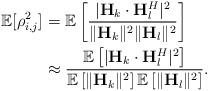
LaTeX: \begin{align*}\mathbb{E}[\rho^2_{i,j}] &= \mathbb{E} \left[ \frac{ |\mathbf{H}_{k} \cdot \mathbf{H}_{l}^H|^2}{ \| \mathbf{H}_{k} \|^2 \| \mathbf{H}_{l} \|^2} \right] \\&\approx \frac{ \mathbb{E} \left[ |\mathbf{H}_{k} \cdot \mathbf{H}_l^H|^2 \right]}{ \mathbb{E}\left[ \Vert \mathbf{H}_{k} \Vert^2 \right] \mathbb{E} \left[ \Vert \mathbf{H}_{l} \Vert^2 \right] }. \end{align*}